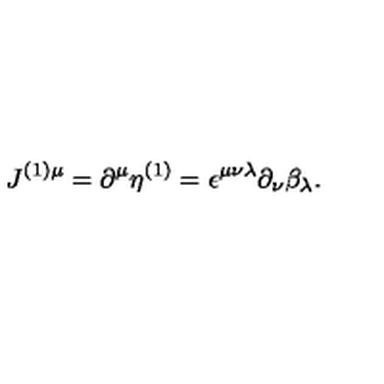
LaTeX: J ^ { ( 1 ) \mu } = \partial ^ { \mu } \eta ^ { ( 1 ) } = \epsilon ^ { \mu \nu \lambda } \partial _ { \nu } \beta _ { \lambda } .